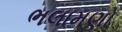
ભલામણો